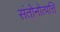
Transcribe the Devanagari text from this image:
संतोनोत्पत्ति